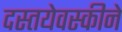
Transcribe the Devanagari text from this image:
दस्तयेवस्कीने